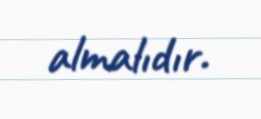
almalıdır.